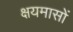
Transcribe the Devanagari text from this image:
क्षयमासों